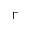
\Gamma